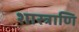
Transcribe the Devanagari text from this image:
शास्त्राणि